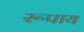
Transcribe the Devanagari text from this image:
रूपाय